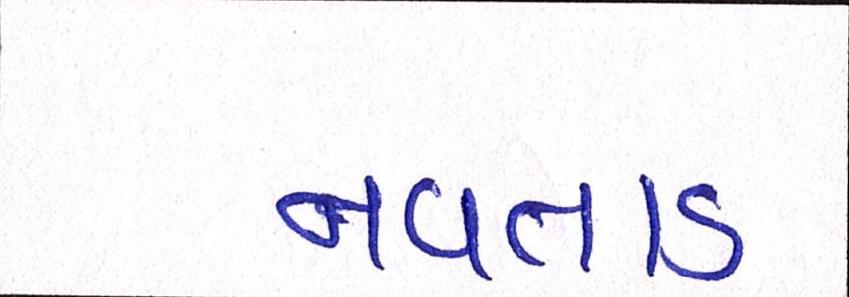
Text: નવતાડ